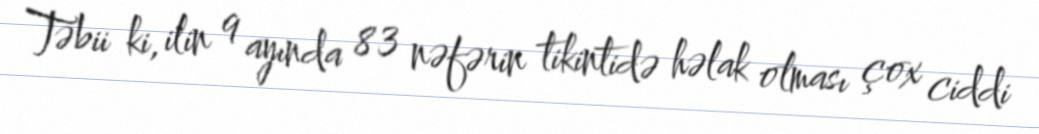
Təbii ki, ilin 9 ayında 83 nəfərin tikintidə həlak olması çox ciddi